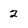
Character: 2